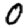
Digit: 0